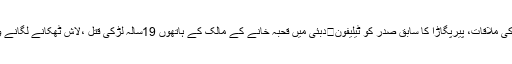
پرویز مشرف سے چوہدری شجاعت کی ملاقات، پیرپگاڑا کا سابق صدر کو ٹیلیفون	دبئی میں قحبہ خانے کے مالک کے ہاتھوں 19سالہ لڑکی قتل ،لاش ٹھکانے لگانے والے 3 پاکستانی گرفتار	شیئر کریں